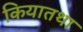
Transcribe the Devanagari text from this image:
कियातथा